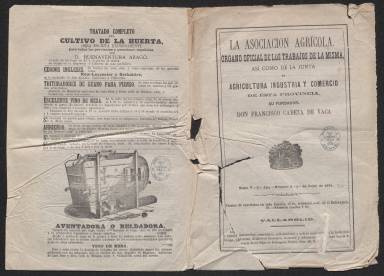
Título: La Asociación Agrícola (Valladolid)
Colección: Agricultura y ganadería
Ámbito geográfico: Valladolid
Lugar de publicación: Valladolid
Fechas: 01/06/1873-01/06/1873